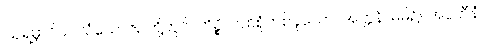
ဩရမ္ဘာဂိယ သံယောဇဉ်တို့တွင်။ ကိဉ္စိ၊ တစ်စုံတစ်ခုသော။ အတ္တနိ၊ မိမိ၌။ အပ္ပဟီနံ၊